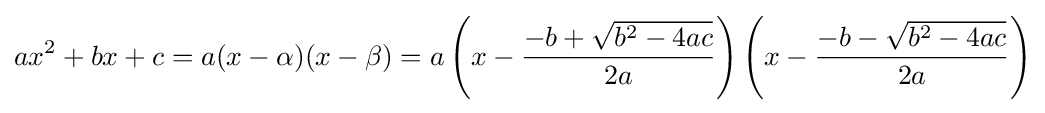
ax^{2}+bx+c=a(x-\alpha )(x-\beta )=a\left(x-{\frac {-b+{\sqrt {b^{2}-4ac}}}{2a}}\right)\left(x-{\frac {-b-{\sqrt {b^{2}-4ac}}}{2a}}\right)